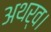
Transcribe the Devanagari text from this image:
अथर्व।